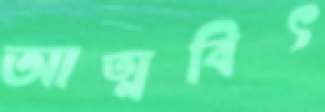
আত্মবিৎ